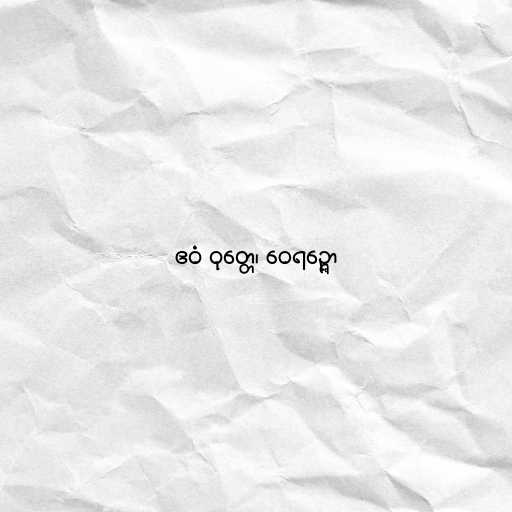
ဧဝံ ဝုတ္တေ၊ ဝေရဉ္ဇော